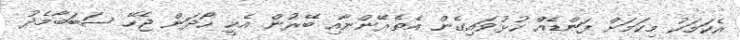
އެކަމަކު މިކަމަށް ފަންޑެއް ހުޅުވައިގެން އެތެރޭންނާއި ބޭރުން އެޙީ ހޯދަން ޖެހޭ ސަބަބާމެދު